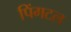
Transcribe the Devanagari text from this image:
पिंगटल